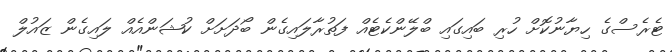
ޓެރެސްގެ ހިޔާނުކޮށް ހުރި ބައިގައި ބްލޭންކެޓެއް ފަތުރާލައިގެން ބޯދަށަށް ކުޝަންއެއް ލައިގެން ޒައުލް